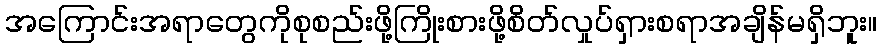
အကြောင်းအရာတွေကိုစုစည်းဖို့ကြိုးစားဖို့စိတ်လှုပ်ရှားစရာအချိန်မရှိဘူး။